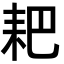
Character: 耙